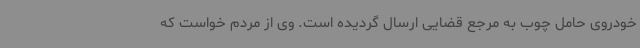
خودروی حامل چوب به مرجع قضایی ارسال گردیده است. وی از مردم خواست که